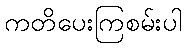
ကတိပေးကြစမ်းပါ